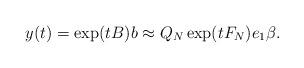
LaTeX: \begin{align*} y (t) = \exp(tB)b\approx Q_N\exp(tF_N)e_1\beta.\end{align*}